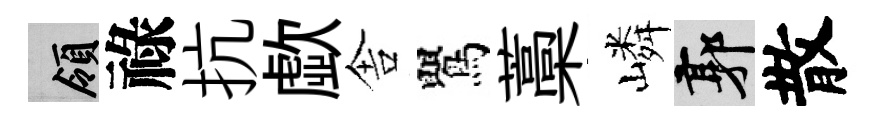
領祿抗歔舎鸎藁嶙郭散